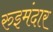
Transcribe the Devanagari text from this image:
रुइमंदार